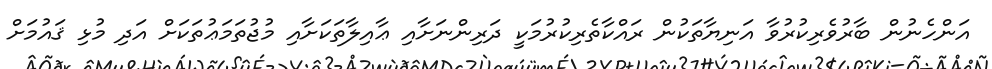
އަންހެނުން ބާރުވެރިކުރުވާ އަނިޔާތަކުން ރައްކާތެރިކުރުމަކީ ދަރިންނަށާއި ޢާއިލާތަކަށާއި މުޖުތަމަޢުތަކަށް އަދި މުޅި ޤައުމަށް